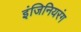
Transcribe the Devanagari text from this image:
इंजिनियरंग